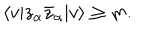
LaTeX: \langle v | z _ { \alpha } \bar { z } _ { \alpha } | v \rangle \geq m .